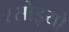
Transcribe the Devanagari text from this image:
रसोइयो